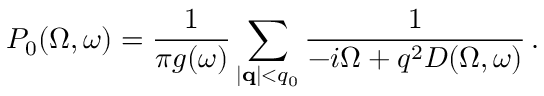
P _ { 0 } ( \Omega , \omega ) = \frac { 1 } { \pi g ( \omega ) } \sum _ { | { \bf q } | < q _ { 0 } } \frac { 1 } { - i \Omega + q ^ { 2 } D ( \Omega , \omega ) } \, .